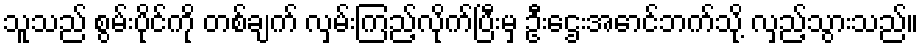
သူသည် စွမ်းပိုင်ကို တစ်ချက် လှမ်းကြည့်လိုက်ပြီးမှ ဦးဌေးအောင်ဘက်သို့ လှည့်သွားသည်။